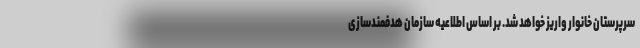
سرپرستان خانوار واریز خواهد شد. بر اساس اطلاعیه سازمان هدفمندسازی